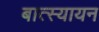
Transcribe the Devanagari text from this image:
बात्स्यायन